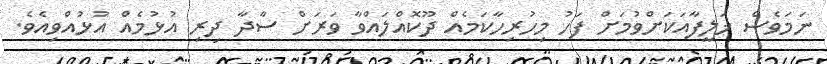
ނަމަވެސް ޚަލީފާއަކަށްވުމަށް ފަހު މިހުރިހާކަމެއް ދޫކޮއްލައްވާ ވަރަށް ސާދާ ދިރި އުޅުމެއް އުޅުއްވިއެވެ.